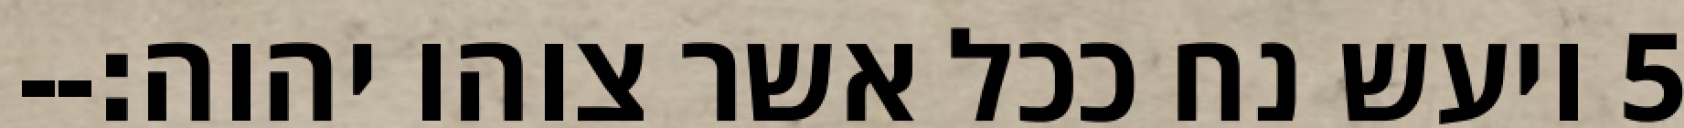
‎5‏ ויעש נח ככל אשר צוהו יהוה׃--